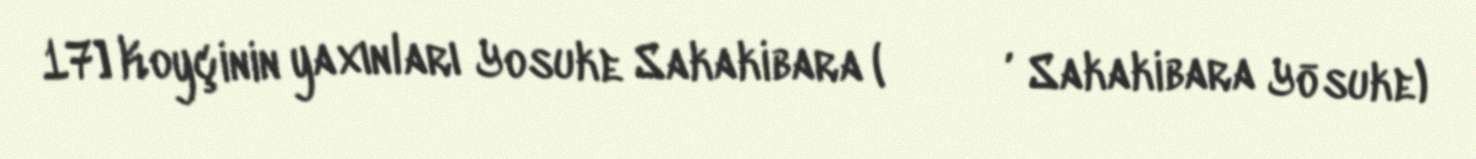
17] Koyçinin yaxınları Yosuke Sakakibara (榊原 陽介, Sakakibara Yōsuke)